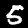
Label: 5